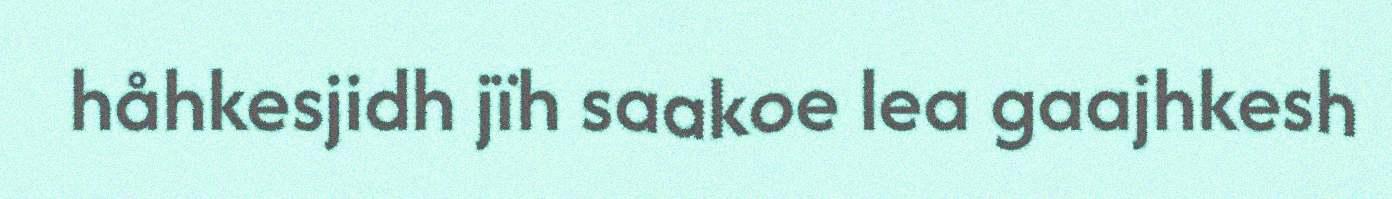
håhkesjidh jïh saakoe lea gaajhkesh